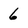
Character: 6